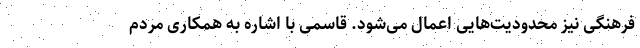
فرهنگی نیز محدودیت‌هایی اعمال می‌شود. قاسمی با اشاره به همکاری مردم